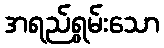
အရည်ရွှမ်းသော